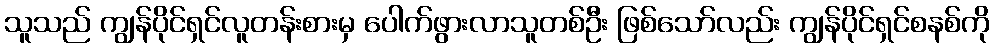
သူသည် ကျွန်ပိုင်ရှင်လူတန်းစားမှ ပေါက်ဖွားလာသူတစ်ဦး ဖြစ်သော်လည်း ကျွန်ပိုင်ရှင်စနစ်ကို